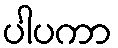
ပါပကာ